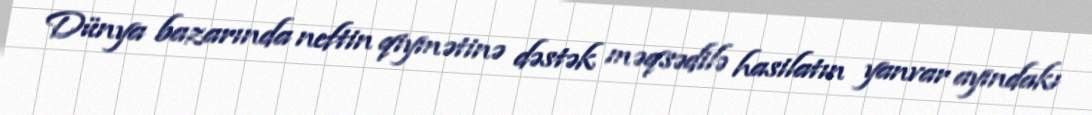
Dünya bazarında neftin qiymətinə dəstək məqsədilə hasilatın yanvar ayındakı